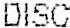
DISC